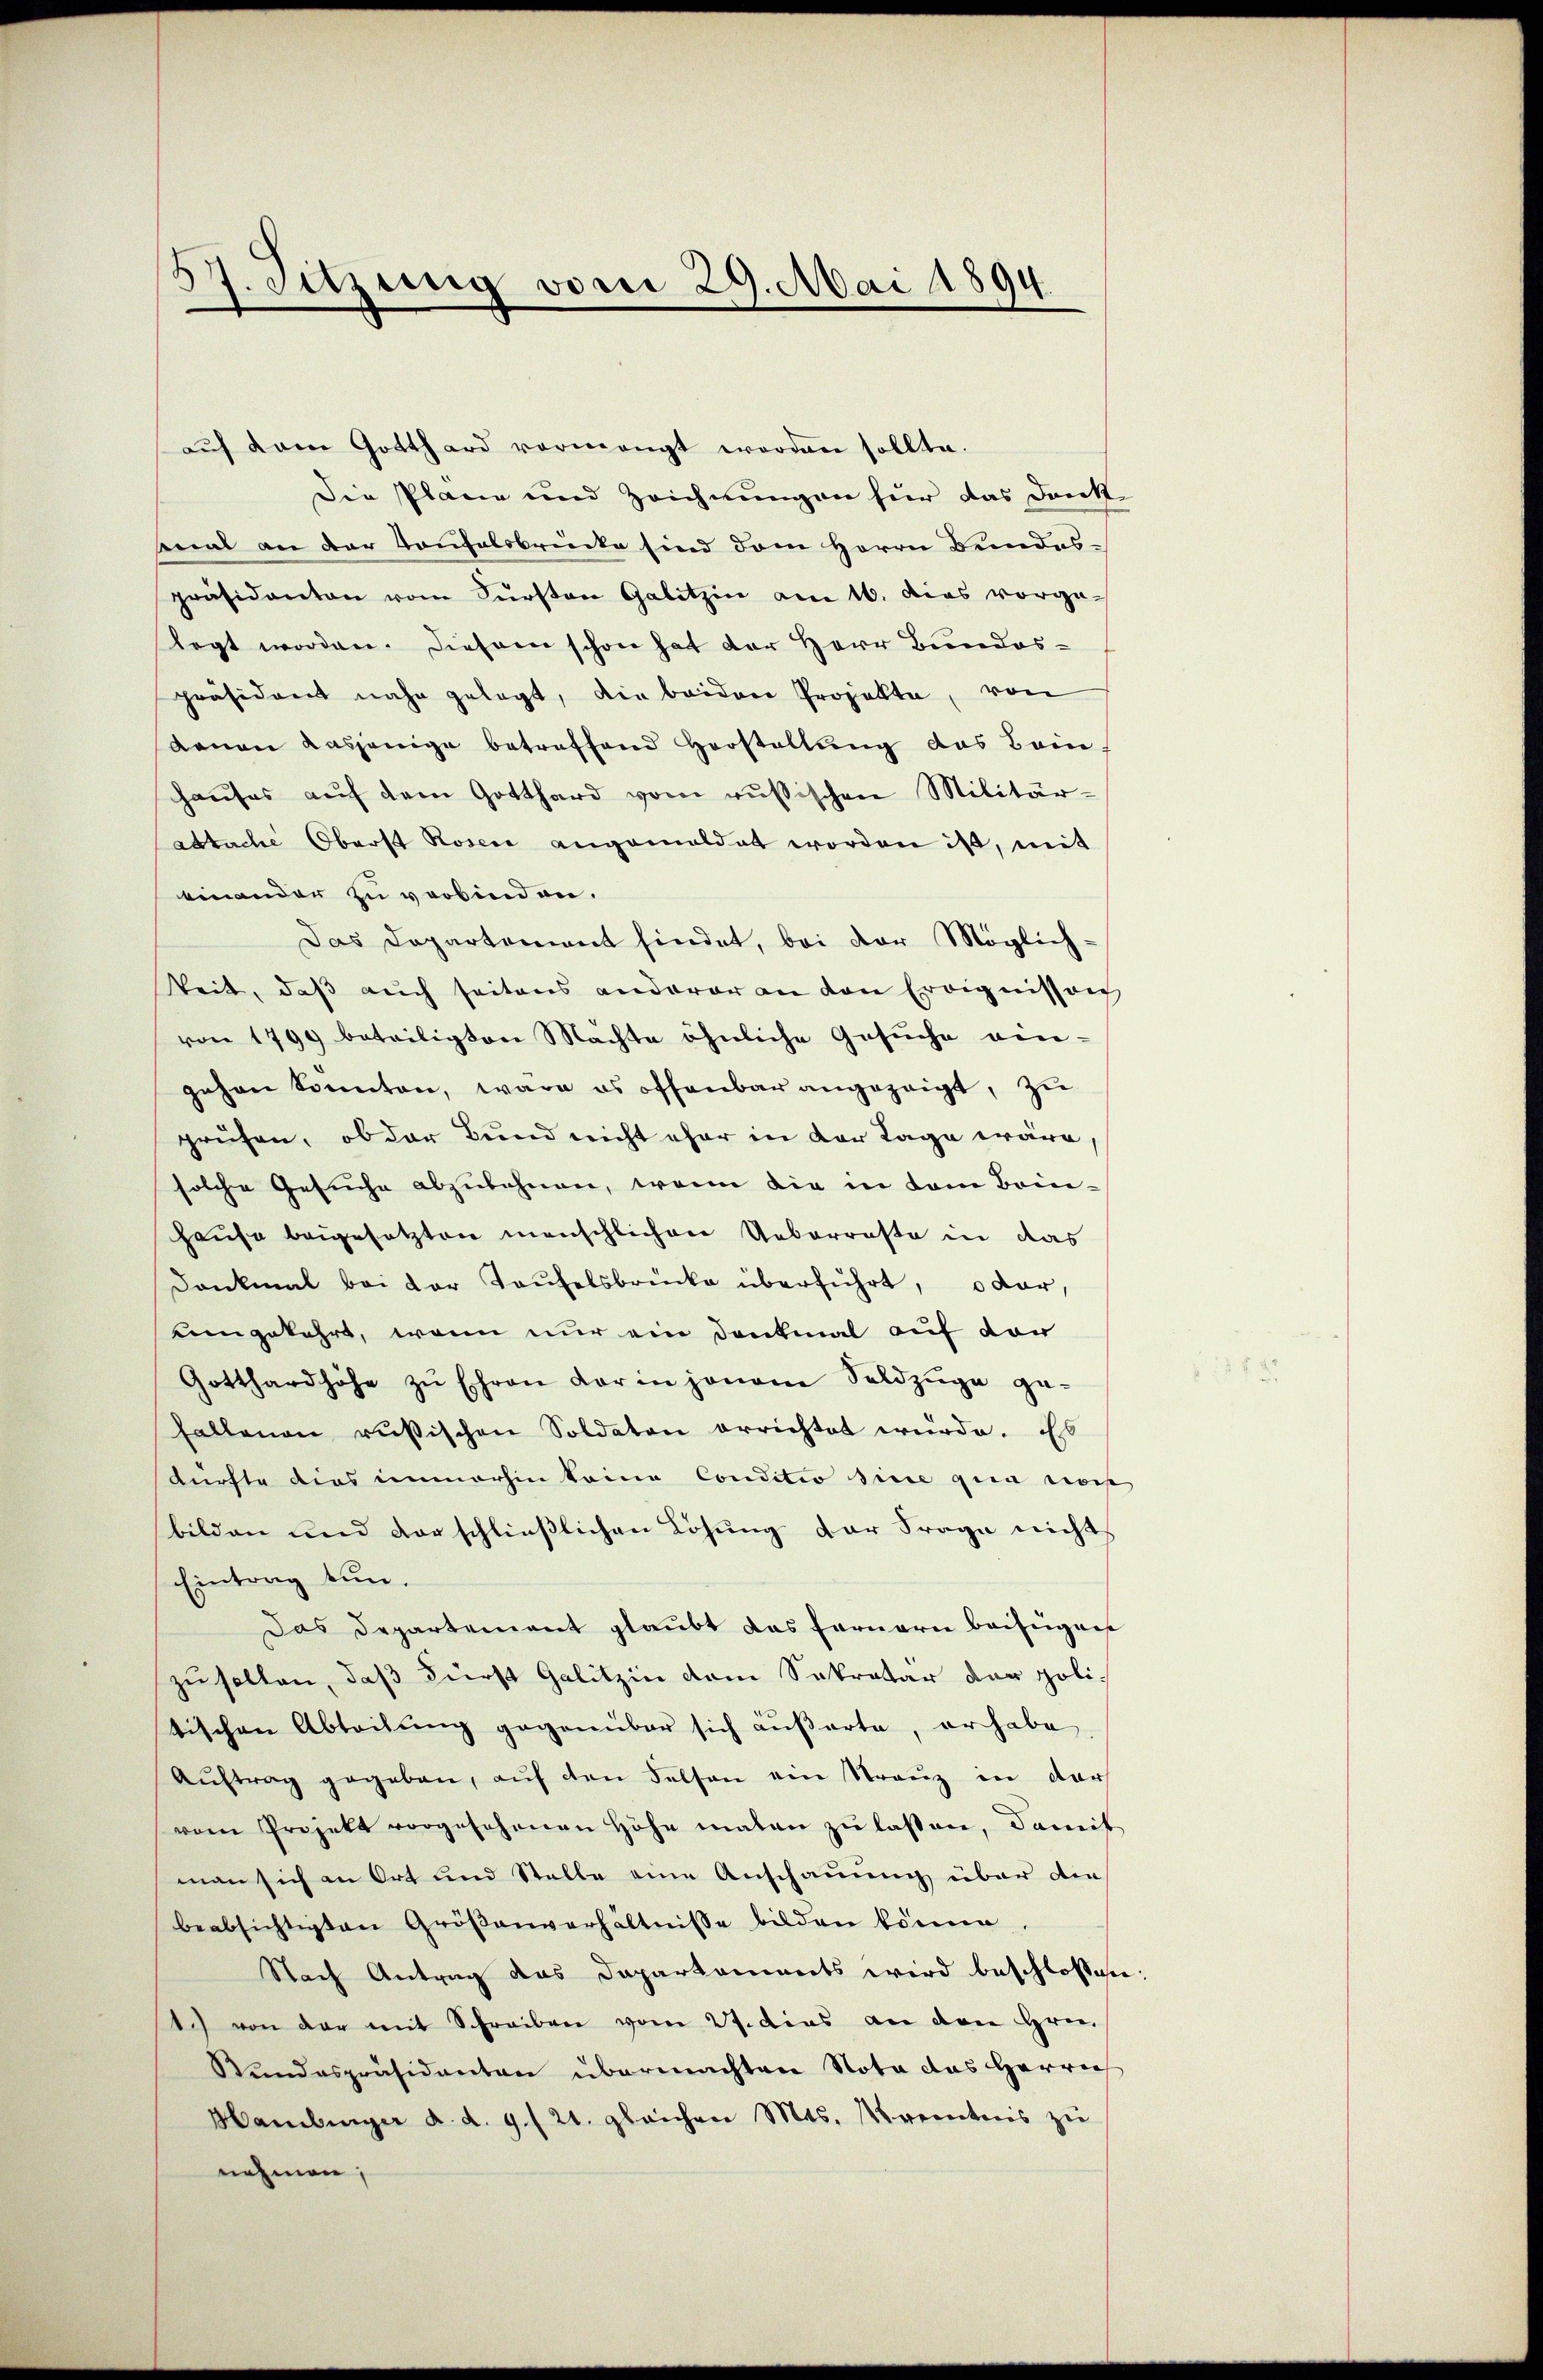
57. Sitzung vom 29. Mai 1894.

auf dem Gotthard vermengt worden sollte.
Die Plane und Zeichnungen für das Dank-
senat an der Taufelsbrücke sind dem Herrn Bundespräsidenten vom Fürsten Galitzin am 16. dies vorge-
legt worden. Diesem schon hat der Herr Bundespräsidiert nahe gelegt, die beiden Projekte, von
Renau dasjenige betreffend Herstellŭng das Bein
haŭses aŭf dem Gotthard vom russischen Militär-
attache Oberst Rosene angemeldet worden ist, mit
einander zu verbinden.
Das Departement findet, bei der Möglich-
keit, daß auch seitens anderer an den Ereignissen
von 1799 beteiligten Machte öhnliche Gesuche ein-
gehen konnten, wäre es offenbar angezeigt, zu
prüfen, ob der Bund nicht eher in der Lage wäre,
solche Gesuche abzulehnen, wenn die in dem Brin¬
Hause beigesetzten menschlichen Ueberraste in das
Dankmal bei der Taufelsbrücke überführt, o dar,
umgekehrt, wenn nur ein Denkmal auf der
Gotthardhöhe zŭ Ehren darin jenem Soldzüge ge-
Fallenen russischen Soldaten errichtet würde. Es
kürfte dies immerhin keine Conditio sine qua noch
bilden und vorschließlichen Lösung der Frage nicht
Eintrag tun.
Das Departement glaubt das fernere beifügen
zu sollen, daß Fürst Galitzin dem Sekretär der politischen Abteilung gegenüber sich äußerte, er habe,
Aŭftrag gegeben, aŭf den Felsen ein Stranz in der
vom Projekt vorgesehenen Höhe maten zu lassen, damit
man sich an Ort und Stelle eine Anschauung über die
beabsichtigten Gröβanverhältnisse bilden könne.
Nach Antrag das Dapartaments wird beschlossene
1) von der mit Schreiben vom 27. dies an den Hrn.
Wundespräsidenten übermachten Nota das Herrn
Hamburger d. d. 9./21. gleichen Mts. Krenntnis zu
nehmen;